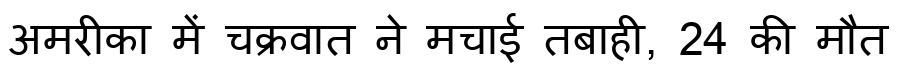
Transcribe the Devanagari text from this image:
अमरीका में चक्रवात ने मचाई तबाही, 24 की मौत